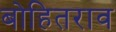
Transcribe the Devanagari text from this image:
बोहितराव